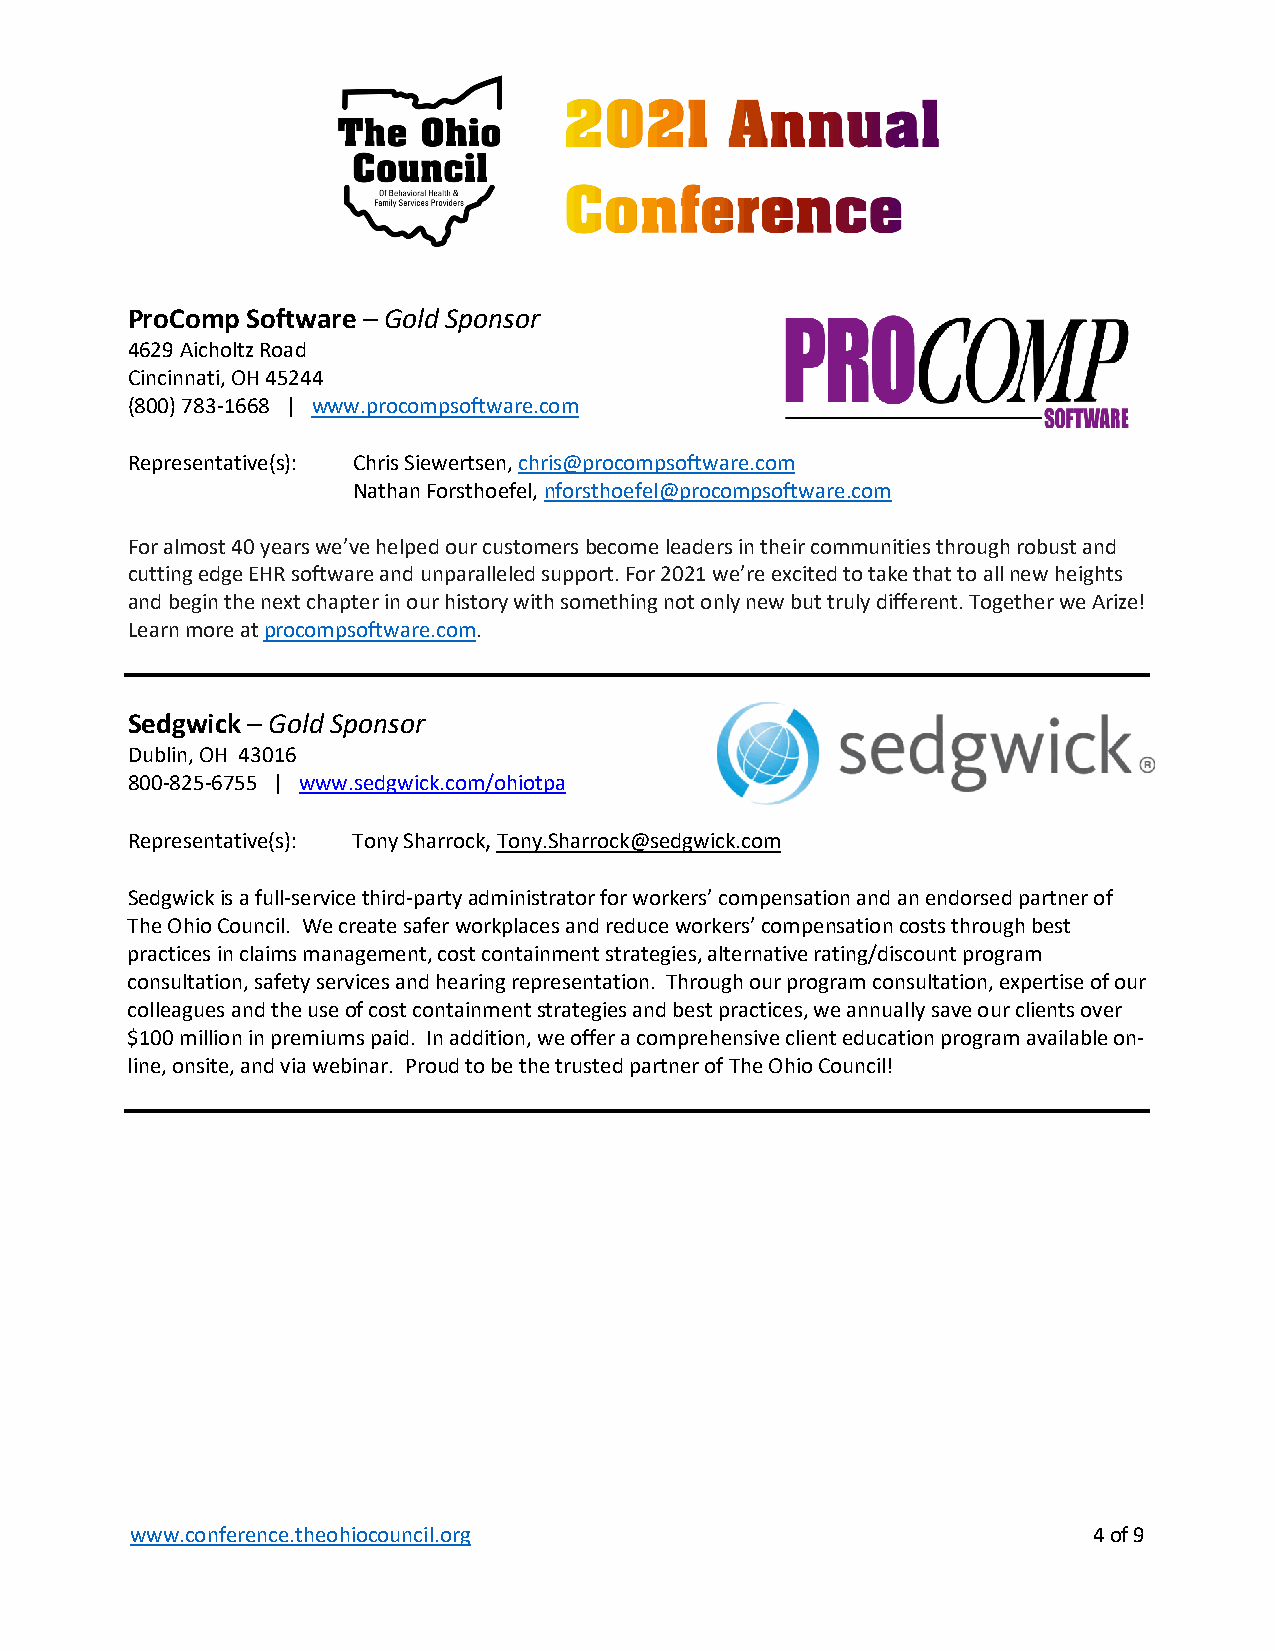
ProComp Software – Gold Sponsor
 4629 Aicholtz Road
 Cincinnati, OH 45244
 (800) 783-1668 | www.procompsoftware.com
 Representative(s): Chris Siewertsen, chris@procompsoftware.com
 Nathan Forsthoefel, nforsthoefel@procompsoftware.com
 For almost 40 years we’ve helped our customers become leaders in their communities through robust and
 cutting edge EHR software and unparalleled support. For 2021 we’re excited to take that to all new heights
 and begin the next chapter in our history with something not only new but truly different. Together we Arize!
 Learn more at procompsoftware.com.
 Sedgwick – Gold Sponsor
 Dublin, OH 43016
 800-825-6755 | www.sedgwick.com/ohiotpa
 Representative(s): Tony Sharrock, Tony.Sharrock@sedgwick.com
 Sedgwick is a full-service third-party administrator for workers’ compensation and an endorsed partner of
 The Ohio Council. We create safer workplaces and reduce workers’ compensation costs through best
 practices in claims management, cost containment strategies, alternative rating/discount program
 consultation, safety services and hearing representation. Through our program consultation, expertise of our
 colleagues and the use of cost containment strategies and best practices, we annually save our clients over
 $100 million in premiums paid. In addition, we offer a comprehensive client education program available on-
 line, onsite, and via webinar. Proud to be the trusted partner of The Ohio Council!
 www.conference.theohiocouncil.org                              4 of 9